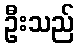
ဦးသည်